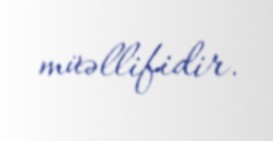
müəllifidir.